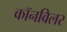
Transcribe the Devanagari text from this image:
कॉनविलर